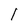
Character: l